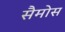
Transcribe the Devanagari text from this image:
सैमोस